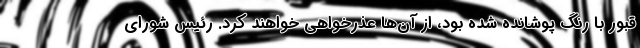
قبور با رنگ پوشانده شده بود، از آن‌ها عذرخواهی خواهند کرد. رئیس شورای